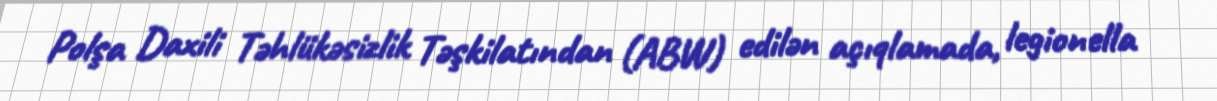
Polşa Daxili Təhlükəsizlik Təşkilatından (ABW) edilən açıqlamada, legionella